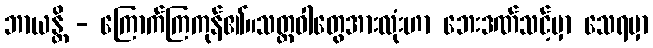
ဘာယန္တိ - ကြောက်ကြကုန်၏။သတ္တဝါတွေအားလုံးဟာ ဘေးဒဏ်သင့်မှာ သေရမှာ